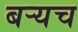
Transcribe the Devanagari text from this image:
बर्‍यच